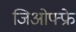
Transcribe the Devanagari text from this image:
जिओफ्फ्रे